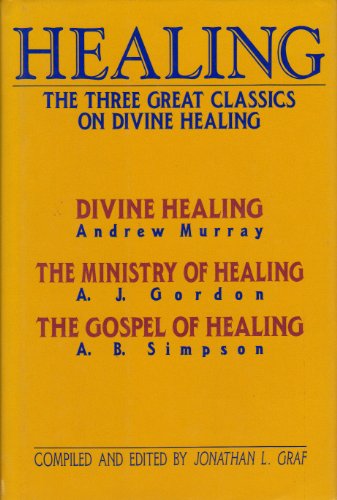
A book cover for Healing: The Three Great Classics on Divine Healing; Jonathan Graf; Christian Books & Bibles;